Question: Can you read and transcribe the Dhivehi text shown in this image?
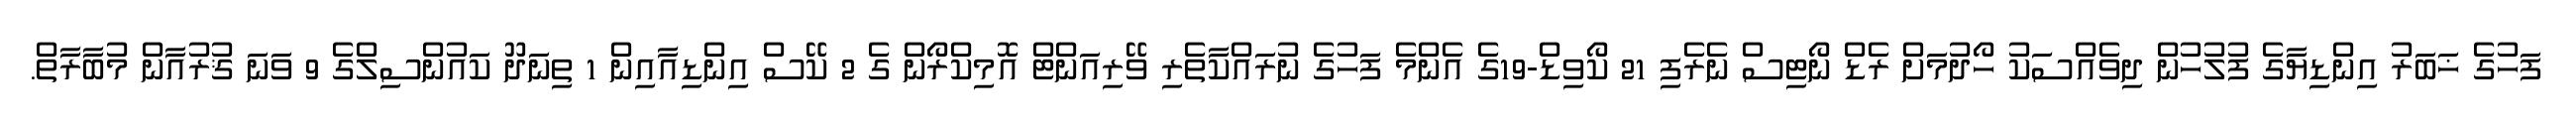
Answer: ފަހުގެ ޚަބަރު އިންޑިޔާގެ ފުލުހުން ދިވެއްސަކު ހޯދުމަށް ރެޑް ނޯޓިސް ނެރެފި 21 ކޯވިޑް-19ގެ އެންމެ ފަހުގެ ނުރައްކާތެރި ވޭރިއަންޓް އޮމިކްރޯން ގެ 2 ކޭސް އިންޑިއާއިން 1 ތިނަދޫ ކައުންސިލްގެ 9 ވަނަ ޤުރުއާން މުބާރާތް.